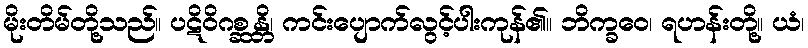
မိုးတိမ်တို့သည်။ ပဋိဝိဂစ္ဆန္တိ၊ ကင်းပျောက်လွင့်ပါးကုန်၏။ ဘိက္ခဝေ၊ ရဟန်းတို့။ ယံ၊